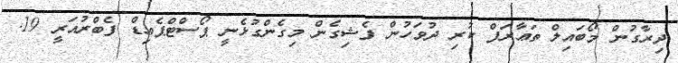
ދިރާގުން މޯބައިލް ތަޢާރަފް ކުރި ދުވަހުން ފެޝިގެން މިގެންގުޅެނީ ޕޯސްޓްޕެއިޑް ފެބްރުއަރީ 19